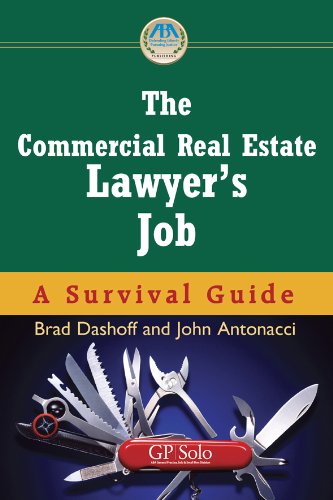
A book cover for The Commercial Real Estate Lawyer's Job: A Survival Guide (Survival Guides (American Bar Association)); John Antonacci; Business & Money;